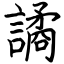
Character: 譎